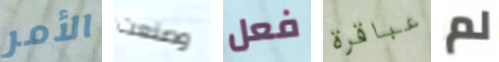
الأمر وصنعت فعل عباقرة لم